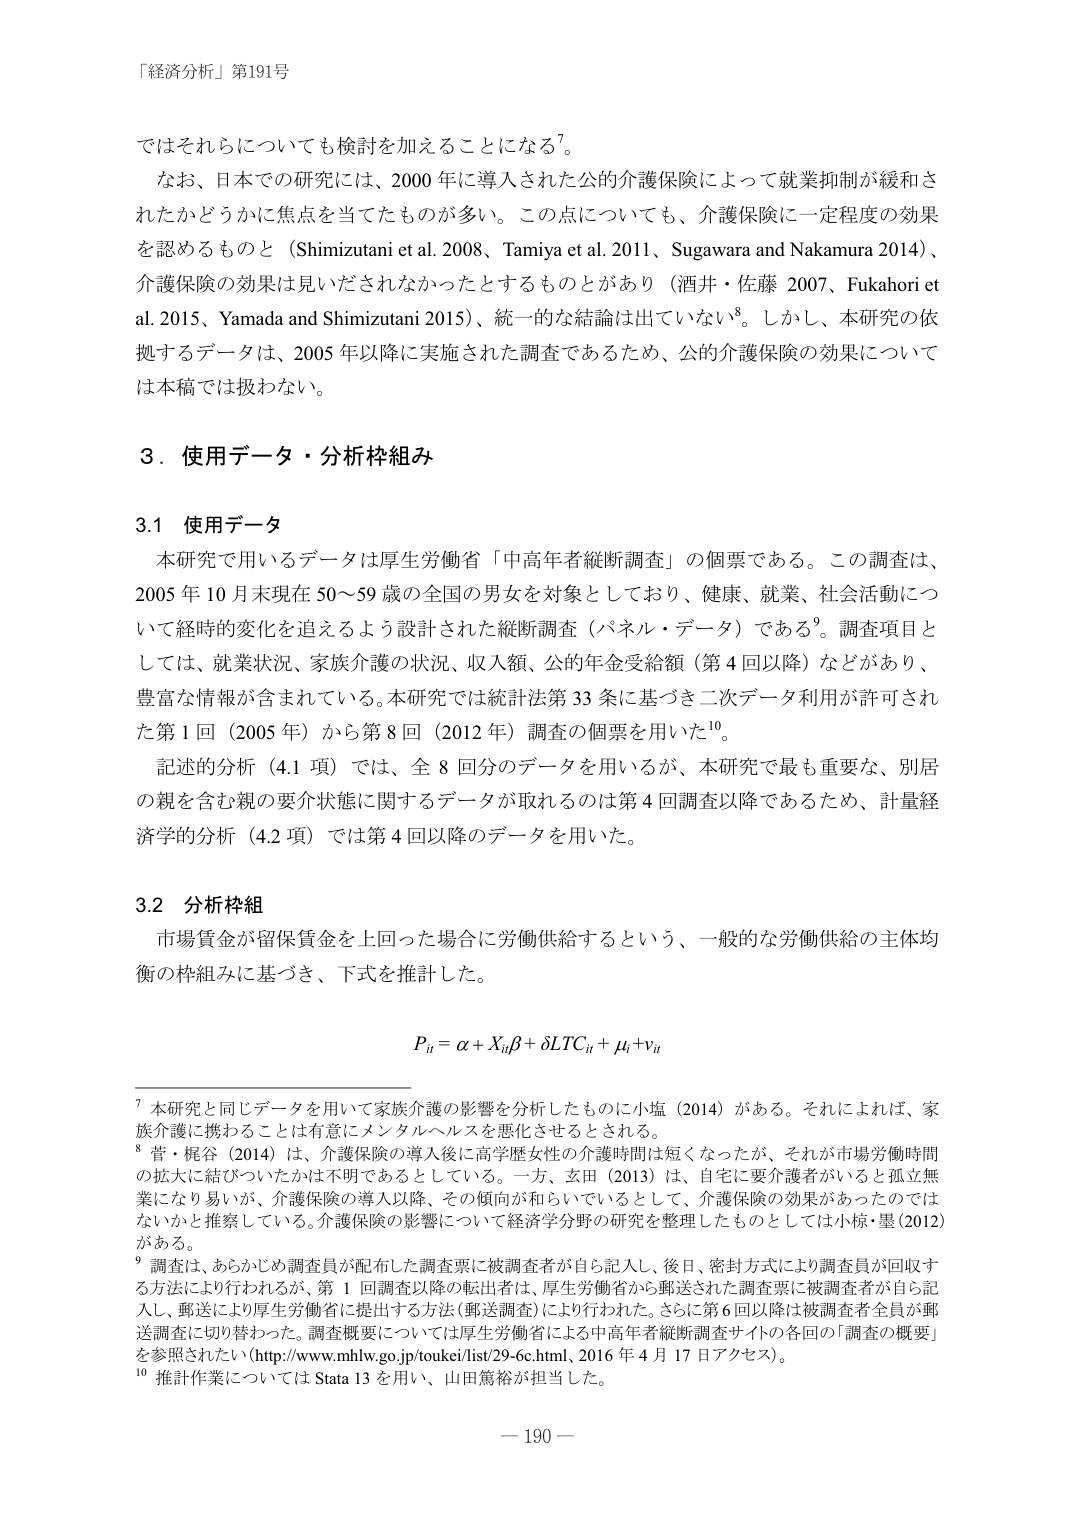
「経済分析」第191号

ではそれらについても検討を加えることになる⁷。

なお、日本での研究には、2000年に導入された公的介護保険によって就業抑制が緩和されたかどうかに焦点を当てたものが多い。この点についても、介護保険に一定程度の効果を認めるものと（Shimizutani et al. 2008、Tamiya et al. 2011、Sugawara and Nakamura 2014）、介護保険の効果は見いだされなかったとするものとがあり（酒井・佐藤 2007、Fukahori et al. 2015、Yamada and Shimizutani 2015）、統一的な結論は出ていない⁸。しかし、本研究の依拠するデータは、2005年以降に実施された調査であるため、公的介護保険の効果については本稿では扱わない。

3．使用データ・分析枠組み

3.1 使用データ

本研究で用いるデータは厚生労働省「中高年者縦断調査」の個票である。この調査は、2005年10月末現在50～59歳の全国の男女を対象としており、健康、就業、社会活動について経時的変化を追えるよう設計された縦断調査（パネル・データ）である⁹。調査項目としては、就業状況、家族介護の状況、収入額、公的年金受給額（第4回以降）などがあり、豊富な情報が含まれている。本研究では統計法第33条に基づき二次データ利用が許可された第1回（2005年）から第8回（2012年）調査の個票を用いた¹⁰。

記述的分析（4.1項）では、全8回分のデータを用いるが、本研究で最も重要な、別居の親を含む親の要介護状態に関するデータが取れるのは第4回調査以降であるため、計量経済学的分析（4.2項）では第4回以降のデータを用いた。

3.2 分析枠組み

市場賃金が留保賃金を上回った場合に労働供給するという、一般的な労働供給の主体均衡の枠組みに基づき、下式を推計した。

Pit = α + Xitβ + δLTCit + μi + νit

⁷ 本研究と同じデータを用いて家族介護の影響を分析したものに小塩（2014）がある。それによれば、家族介護に携わることは有意にメンタルヘルスを悪化させると言われる。

⁸ 菅・梶谷（2014）は、介護保険の導入後に高学歴女性の介護時間は短くなったが、それが市場労働時間の拡大に結びついたかは不明であるとしている。一方、玄田（2013）は、自宅に要介護者がいると孤立無業になり易いが、介護保険の導入以降、その傾向が和らいでいるとして、介護保険の効果があったのではないかと推察している。介護保険の影響について経済学分野の研究を整理したものとして小椋・墨（2012）がある。

⁹ 調査は、あらかじめ調査員が配布した調査票に被調査者が自ら記入し、後日、密封方式により調査員が回収する方法により行われるが、第1回調査以降の転出者は、厚生労働省から郵送された調査票に被調査者が自ら記入し、郵送により厚生労働省に提出する方法（郵送調査）により行われた。さらに第6回以降は被調査者全員が郵送調査に切り替わった。調査概要については厚生労働省による中高年者縦断調査サイトの各回の「調査の概要」を参照されたい（http://www.mhlw.go.jp/toukei/list/29-6c.html、2016年4月17日アクセス）。

¹⁰ 推計作業についてはStata 13を用い、山田篤裕が担当した。

— 190 —